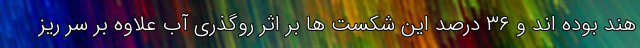
هند بوده اند و ۳۶ درصد این شکست ها بر اثر روگذری آب علاوه بر سر ریز